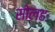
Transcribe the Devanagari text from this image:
सोलहः